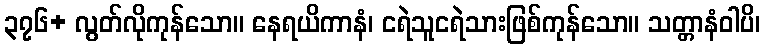
၃၇၆+ လွတ်လိုကုန်သော။ နေရယိကာနံ၊ ငရဲသူငရဲသားဖြစ်ကုန်သော။ သတ္တာနံဝါပိ၊